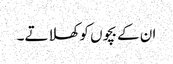
ان کے بچوں کو کھلاتے۔